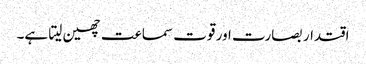
اقتدار بصارت اور قوت سماعت چھین لیتا ہے۔